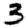
Digit: 3